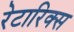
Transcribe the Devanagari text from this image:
रेटारिक्स